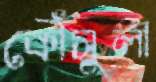
কৌঁসুলী